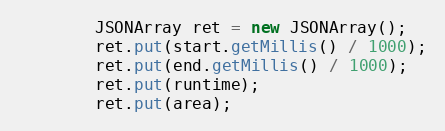
Language: Java
        JSONArray ret = new JSONArray();
        ret.put(start.getMillis() / 1000);
        ret.put(end.getMillis() / 1000);
        ret.put(runtime);
        ret.put(area);